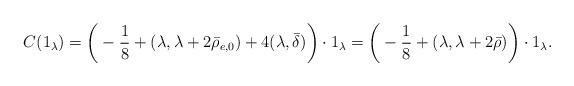
LaTeX: \begin{align*}C(1_{\lambda})=\bigg(-\frac{1}{8}+(\lambda,\lambda+2\bar\rho_{e,0})+4(\lambda,\bar\delta)\bigg)\cdot1_{\lambda}=\bigg(-\frac{1}{8}+(\lambda,\lambda+2\bar\rho)\bigg)\cdot1_{\lambda}.\end{align*}